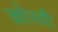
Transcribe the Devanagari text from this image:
कोरवी